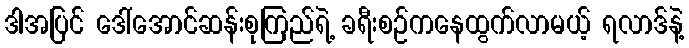
ဒါအပြင် ဒေါ်အောင်ဆန်းစုကြည်ရဲ့ ခရီးစဉ်ကနေထွက်လာမယ့် ရလာဒ်နဲ့